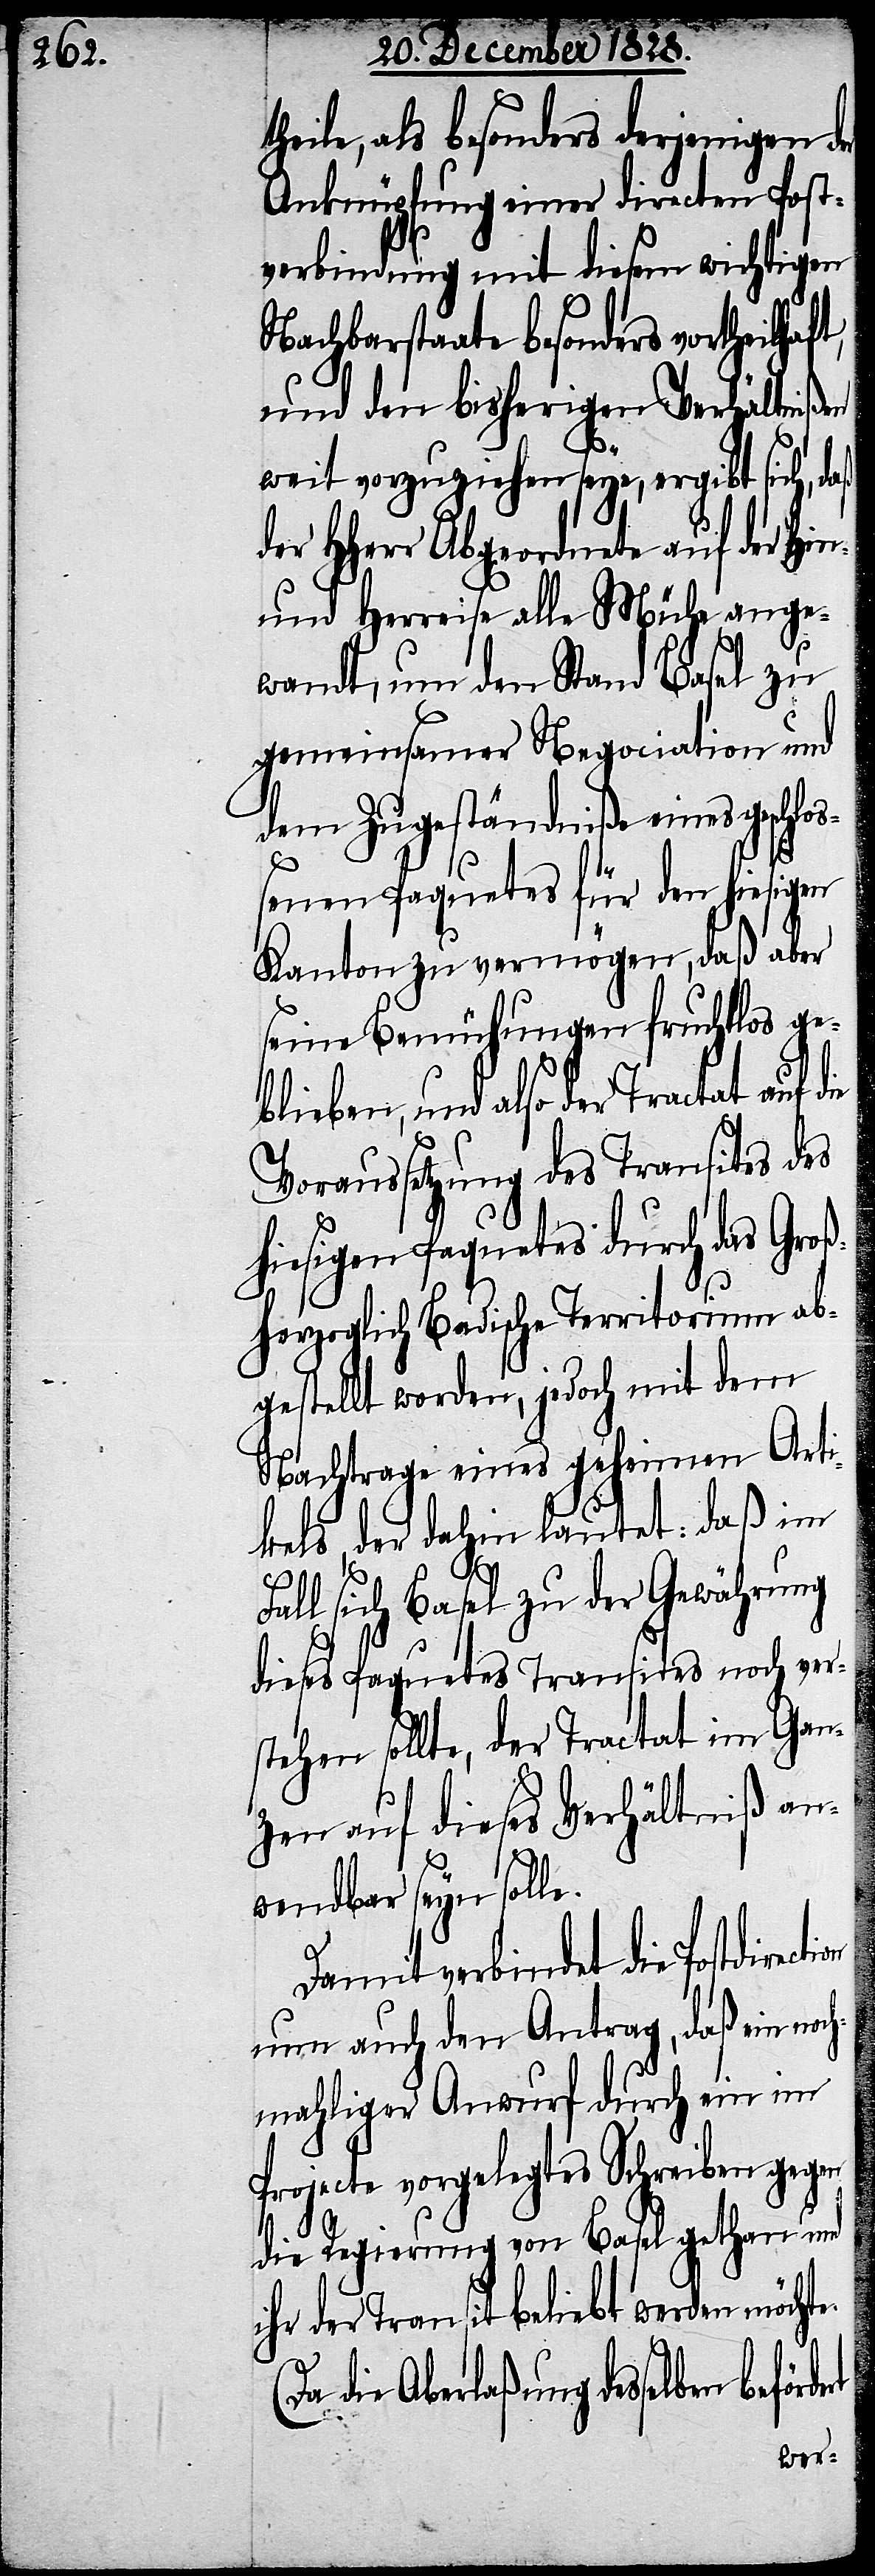
heile, als besonders derjenigen der
Anknüpfung einer directen Post¬
verbindung mit diesem wichtigen
Nachbarstaate besonders vortheil¬
und den bisherigen Verhältnißen
weit vorzuziehen seye, ergibt sich, daß
HHerr Abgeordnete auf der Hin-
und Herreise alle Mühe ange¬
wandt, um den Stand Basel zu
gemeinsamer Negociation und
dem Zugeständniße eines geschlo¬
e.
(Da
ßenen Paquetes für den hiesigen
Kanton zu vermögen, daß aber
seine Bemühungen fruchtlos ge¬
blieben, und also der Tractat auf
Voraussetzung des Transites des
hiesigen Paquetes durch das Groß¬
herzoglich Badische Territorium ab¬
gestellt worden, jedoch mit dem
Nachtrage eines geheimen Arti¬
kels, der dahin lautet: daß im
Fall sich Basel zu der Gewährung
dieses Paquetes Transites noch ver¬
stehen sollte, der Tractat im Gan¬
zen auf dieses Verhältniß an¬
wendbar seyn solle.
Damit verbindet die Postdirec¬
nun auch den Antrag, daß ein noc¬
hmahliger Anwurf durch ein im
Projecte vorgelegtes Schreiben gegen
die Regierung von Basel gethan und
ihr der Transit beliebt werden möcht¬
die Aberlaßung desselben